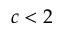
c < 2